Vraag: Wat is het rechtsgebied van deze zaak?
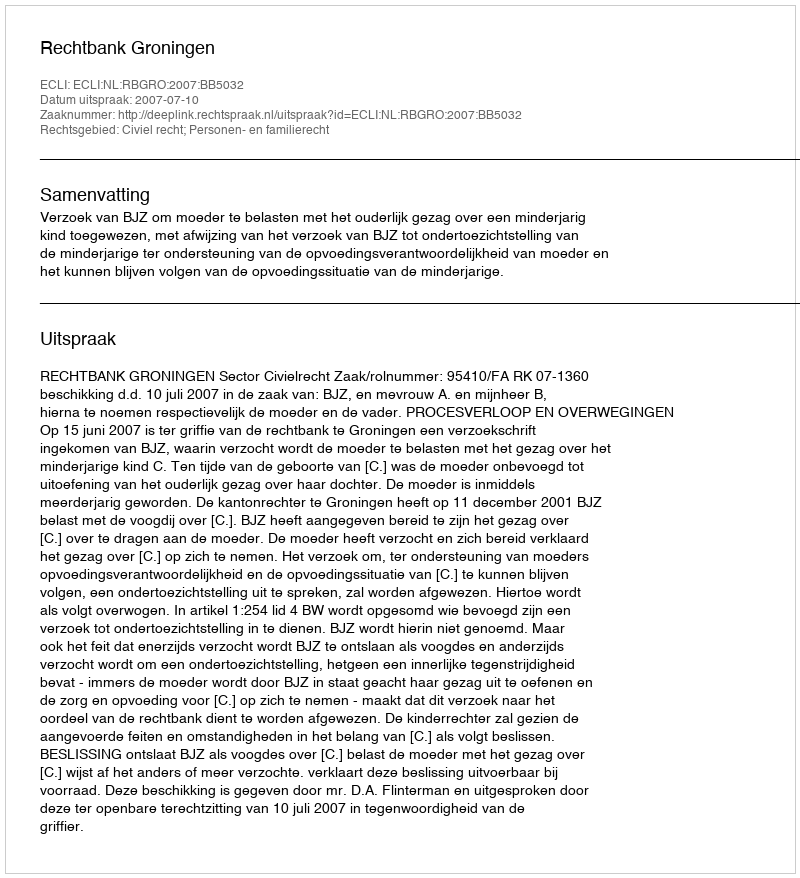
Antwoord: Civiel recht; Personen- en familierecht